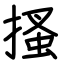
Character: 搔